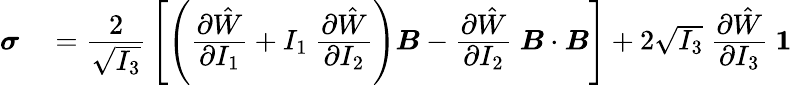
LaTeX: \begin{array}{rl}{{\boldsymbol{\sigma}}}&{{}={\cfrac{2}{\sqrt{I_{3}}}}\left[\left({\cfrac{\partial{\hat{W}}}{\partial I_{1}}}+I_{1}~{\cfrac{\partial{\hat{W}}}{\partial I_{2}}}\right){\boldsymbol{B}}-{\cfrac{\partial{\hat{W}}}{\partial I_{2}}}~{\boldsymbol{B}}\cdot{\boldsymbol{B}}\right]+2{\sqrt{I_{3}}}~{\cfrac{\partial{\hat{W}}}{\partial I_{3}}}~{\boldsymbol{\mathit{1}}}}\end{array}